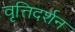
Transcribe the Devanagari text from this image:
वृत्तिदर्शन